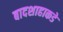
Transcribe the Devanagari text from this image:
बादशाहाकडे